画像に写った文字を読んでください
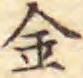
「金」と書いてあります